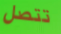
تتصل